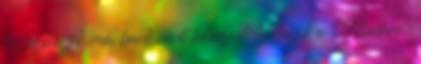
közül melyik nem bank nevét takarja? Melyik a "Madaras